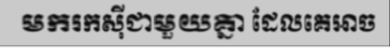
មករកស៊ីជាមួយគ្នា ដែលគេអាច